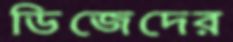
ডিজেদের